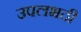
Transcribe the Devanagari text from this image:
उपलभदी